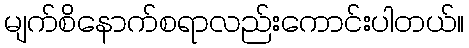
မျက်စိနောက်စရာလည်းကောင်းပါတယ်။